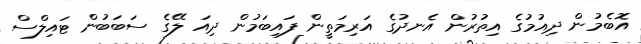
އޮބެމުން ދިއުމުގެ އިތުރުން އެނދުގެ އަރިމަތީން ފައިބަމުން ދިއަ ލޭގެ ސަބަބުން ޓައިލްސް